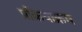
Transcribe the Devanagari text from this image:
प्रक्रियाक्रम